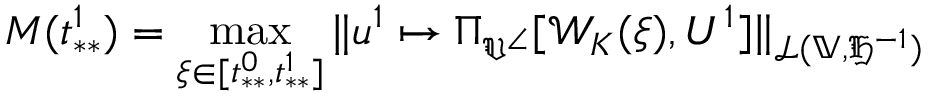
M ( t _ { * * } ^ { 1 } ) = \operatorname* { m a x } _ { \xi \in [ t _ { * * } ^ { 0 } , t _ { * * } ^ { 1 } ] } \| u ^ { 1 } \mapsto \Pi _ { \mathfrak { V } ^ { \angle } } [ \mathcal { W } _ { K } ( \xi ) , U ^ { 1 } ] \| _ { \mathcal { L } ( \mathbb { V } , \mathfrak { H } ^ { - 1 } ) }